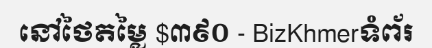
នៅថៃតម្លៃ $៣៩០ - BizKhmerទំព័រ